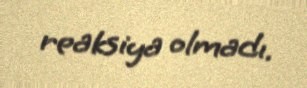
reaksiya olmadı.